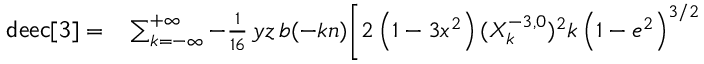
\begin{array} { r l } { { \sf d e e c [ 3 ] } = } & { { } \sum _ { k = - \infty } ^ { + \infty } - \frac { 1 } { 1 6 } \, y z \, b ( - k n ) \bigg [ 2 \left( 1 - 3 x ^ { 2 } \right) ( X _ { k } ^ { - 3 , 0 } ) ^ { 2 } k \left( 1 - e ^ { 2 } \right) ^ { 3 / 2 } } \end{array}